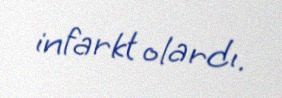
infarkt olardı.